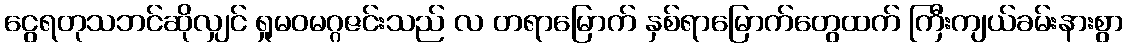
ငွေရတုသဘင်ဆိုလျှင် ရှုမဝမဂ္ဂဇင်းသည် လ တရာမြောက် နှစ်ရာမြောက်တွေထက် ကြီးကျယ်ခမ်းနားစွာ